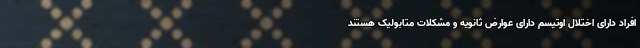
افراد دارای اختلال اوتیسم دارای عوارض ثانویه و مشکلات متابولیک هستند